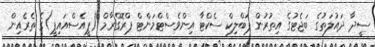
ސީދާ ދައުލަތުގެ ބަޖެޓުގެ އިތުރުން ޕަބްލިކް ސެކްޓާ އިންވެސްޓްމަންޓް ޕްރޮގްރާމް (ޕީއެސްއައިޕީ)ގެ ތެރެއިން